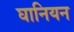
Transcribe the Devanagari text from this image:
घानियन